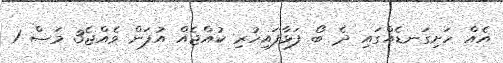
އެއް ހަށިގަނޑެއްގައި ދެ ބޯ ފަޅާފައިހުރި ކުއްޖެއް އުފަން ވެއްޖެ3 މަސް 1